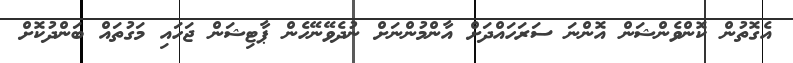
އެގޮތުން ކޮންވެންޝަން އޮންނަ ސަރަހައްދަށް އާންމުންނަށް ނުދެވޭނޭހެން ޕާޓިޝަން ޖަހައި މަގުތައް ބަންދުކޮށް